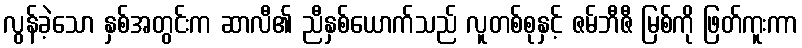
လွန်ခဲ့သော နှစ်အတွင်းက ဆာလီ၏ ညီနှစ်ယောက်သည် လူတစ်စုနှင့် ဇမ်ဘီဇီ မြစ်ကို ဖြတ်ကူးကာ